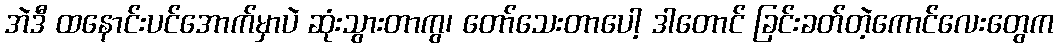
အဲဒီ ထနောင်းပင်အောက်မှာပဲ ဆုံးသွားတာကွ၊ တော်သေးတာပေါ့ ဒါတောင် ခြင်းခတ်တဲ့ကောင်လေးတွေက